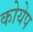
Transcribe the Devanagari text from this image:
कोयेप